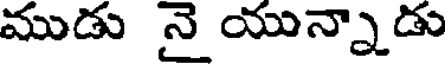
ముడు నై యున్నాడు